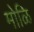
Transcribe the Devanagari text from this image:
मोळि